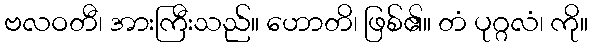
ဗလဝတီ၊ အားကြီးသည်။ ဟောတိ၊ ဖြစ်၏။ တံ ပုဂ္ဂလံ၊ ကို။